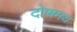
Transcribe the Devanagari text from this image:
दोषमय